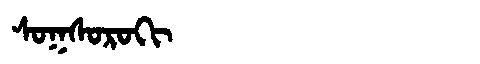
Manchu: ᠰᠣᡴᠰᠣᡵᠣᡴᡳ
Romanization: SOKSOROKI